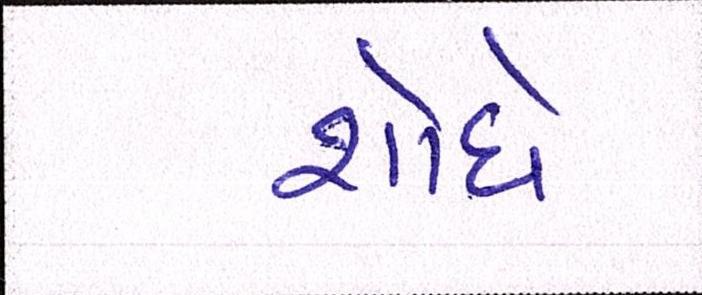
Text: શોધે